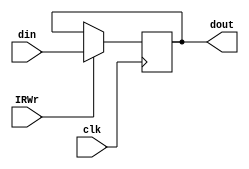
module ir(din,IRWr,clk,dout);
    input   [31:0]   din ;//input instruction
    input            IRWr ;//IR write enable
    input            clk ;//clock
    output  [31:0]   dout ;//output instruction
    
    reg   [31:0]   dout ;
    
    always @(negedge clk)
       if (IRWr)
          dout <= din ;
    
    
endmodule